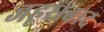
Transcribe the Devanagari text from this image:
जहूराबाद